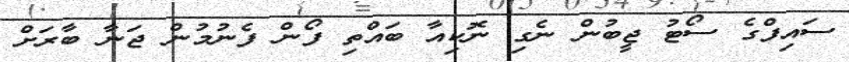
ސައިފްގެ ސޯޓު ޖީބުން ނެގި ނޮކިއާ ބައްތި ފޯން ފެނުމުން ޖަނާ ބާރަށް